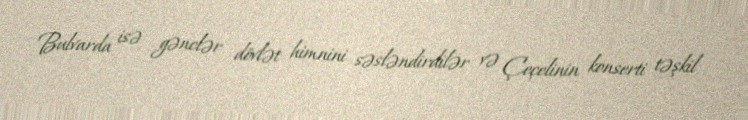
Bulvarda isə gənclər dövlət himnini səsləndirdilər və Çeçelinin konserti təşkil